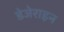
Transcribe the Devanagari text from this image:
डेजेराइन